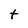
Character: t